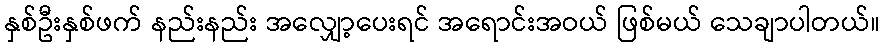
နှစ်ဦးနှစ်ဖက် နည်းနည်း အလျှော့ပေးရင် အရောင်းအဝယ် ဖြစ်မယ် သေချာပါတယ်။